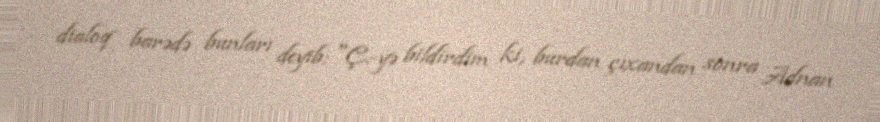
dialoq barədə bunları deyib: "Ç.-yə bildirdim ki, burdan çıxandan sonra Adnan